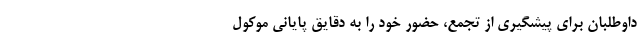
داوطلبان برای پیشگیری از تجمع، حضور خود را به دقایق پایانی موکول